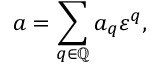
a = \sum _ { q \in \mathbb { Q } } a _ { q } \varepsilon ^ { q } ,